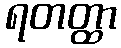
ရတတ္ထာ